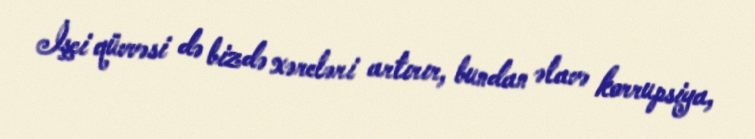
İşçi qüvvəsi də bizdə xərcləri artırır, bundan əlavə korrupsiya,